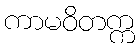
ကာမဝိတက္က